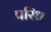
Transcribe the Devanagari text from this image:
परिध